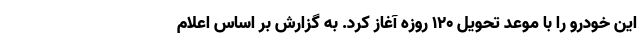
این خودرو را با موعد تحویل ۱۲۰ روزه آغاز کرد. به گزارش بر اساس اعلام